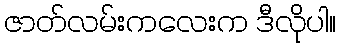
ဇာတ်လမ်းကလေးက ဒီလိုပါ။